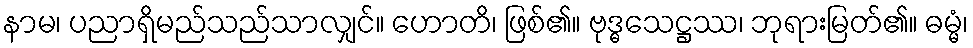
နာမ၊ ပညာရှိမည်သည်သာလျှင်။ ဟောတိ၊ ဖြစ်၏။ ဗုဒ္ဓသေဋ္ဌဿ၊ ဘုရားမြတ်၏။ ဓမ္မံ၊